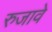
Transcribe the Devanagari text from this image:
रुजावे